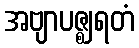
အဗျာပဇ္ဈရတံ